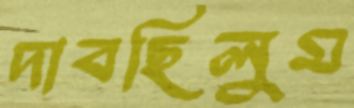
দাবছিলুম